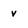
Character: v